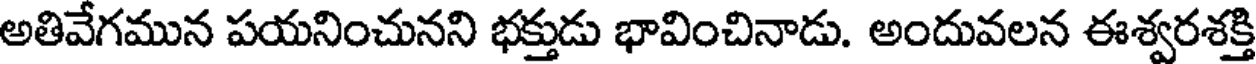
అతివేగమున పయనించునని భక్తుడు భావించినాడు. అందువలన ఈశ్వరశక్తి